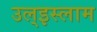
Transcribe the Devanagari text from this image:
उल्‌इस्लाम